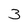
Character: 3